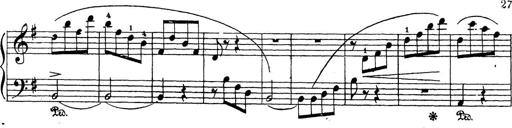
Title: 10 Sonatinas
Composer: Fritz Spindler